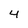
Character: 4